Sketch of the medical history of the native army of Bombay, for the year
Year: 1872
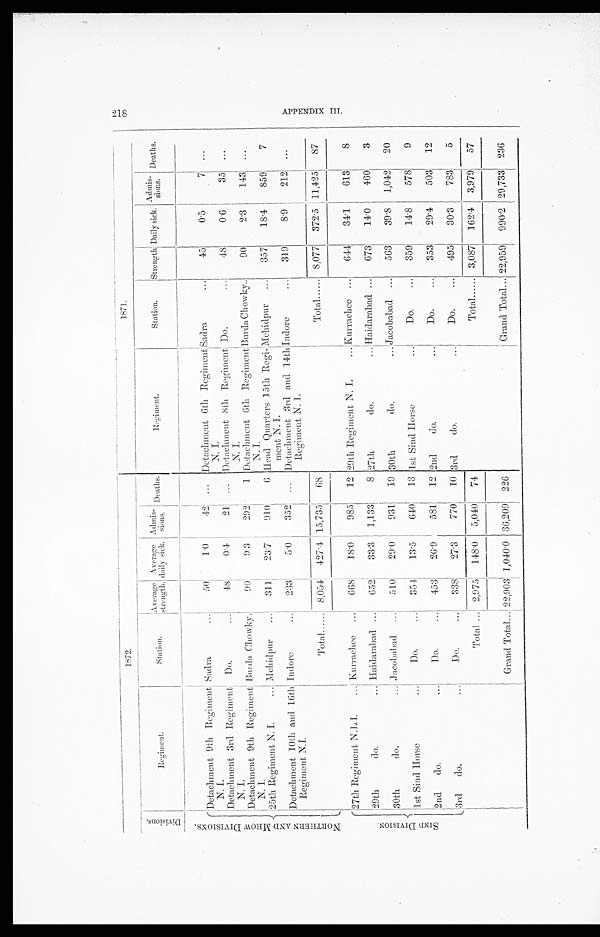
1 8 7 2
1 8 7 1 .
D i v i s i o n s .
R e g i m e n t .
S t a t i o n .
A v e r a g e s t r e n g t h .
A v e r a g e d a i l y s i c k .
A d m i s - s i o n s .
D e a t h s .
R e g i m e n t .
S t a t i o n .
S t r e n g t h .
D a i l y s i c k .
A d m i s - s i o n s .
D e a t h s .
N O R T H E R N A N D M H O W D I V I S I O N S .
D e t a c h m e n t 9 t h R e g i m e n t N . I .
Sadra
5 0
1 · 0
4 2
. . .
Detachment 6th Regiment N. I.
Sadra
4 5
0 · 5
7
. . .
D e t a c h m e n t 3 r d R e g i m e n t N . I .
Do.
4 8
0 · 4
2 1
. . .
D e t a c h m e n t 8 t h R e g i m e n t N . I .
Do.
4 8
0 · 6
3 5
. . .
D e t a c h m e n t 9 t h R e g i m e n t N . I .
Burda Chowky.
9 0
9 · 3
2 9 2
1
D e t a c h m e n t 6 t h R e g i m e n t N . I .
Burda Chowky
9 0
2 · 3
1 4 3
. . .
2 5 t h R e g i m e n t N . I .
Mehidpur
3 1 1
2 3 · 7
9 1 0
6
H e a d Q u a r t e r s 1 5 t h R e g i - M e h i d p u r m e n t N . I .
M e h i d p u r
3 5 7
1 8 · 4
8 5 9
7
Detachment 10th and 16th Regiment N.I.
I n d o r e
2 3 3
5 · 0
3 5 2
. . .
Detachment 3rd and 14th Indore Regiment . I.
Indore
3 1 9
8 · 9
2 1 2
. . .
T o t a l
8 , 0 5 4
4 2 7 · 4
1 5 , 7 3 5
6 8
T o t a l
8 , 0 7 7
3 7 2 · 5
1 1 , 4 2 5
8 7
S I N D D I V I S I O N S .
2 7 t h R e g i m e n t N . L . I .
Kurrachee
6 6 8
1 8 · 0
9 8 5
1 2
29th Regiment N. I.
Kurrachee
6 4 4
3 4 · 1
6 1 3
8
29th do.
Haidarabad
6 5 2
3 3 · 3
1 , 1 3 3
8 27th do.
H a i d a r a b a d
6 7 3
1 4 · 0
4 6 0
3
30th do.
Jacobabad
5 1 0
2 9 · 0
9 3 1
1 9
30th do.
Jacobabad
5 6 3
3 9 · 8
1 , 0 4 2
2 0
1st Sind Horse
Do.
3 5 4
1 3 · 5
6 4 0
1 3
1st Sind Horse
D o .
3 5 9
1 4 · 8
5 7 8
9
2nd do.
Do.
4 5 3
2 6 · 9
5 8 1
1 2
2nd do.
D o .
3 5 3
2 9 · 4
5 0 3
1 2
3 r d d o .
Do.
3 3 8
2 7 · 3
7 7 0
1 0
3rd do.
D o .
4 9 5
3 0 · 3
7 8 3
5
T o t a l
2 , 9 7 5
1 4 8 · 0
5 , 0 4 0
7 4
T o t a l
3 , 0 8 7
1 6 2 · 4
3 , 9 7 9
5 7
G r a n d T o t a l
2 2 , 9 0 3
1 , 0 4 0 · 0
3 6 , 2 0 9
2 2 6
G r a n d T o t a l
2 2 , 9 5 9
9 9 0 · 2
2 9 , 7 3 3
2 3 6
2 1 8 A P P E N D I X I I I .